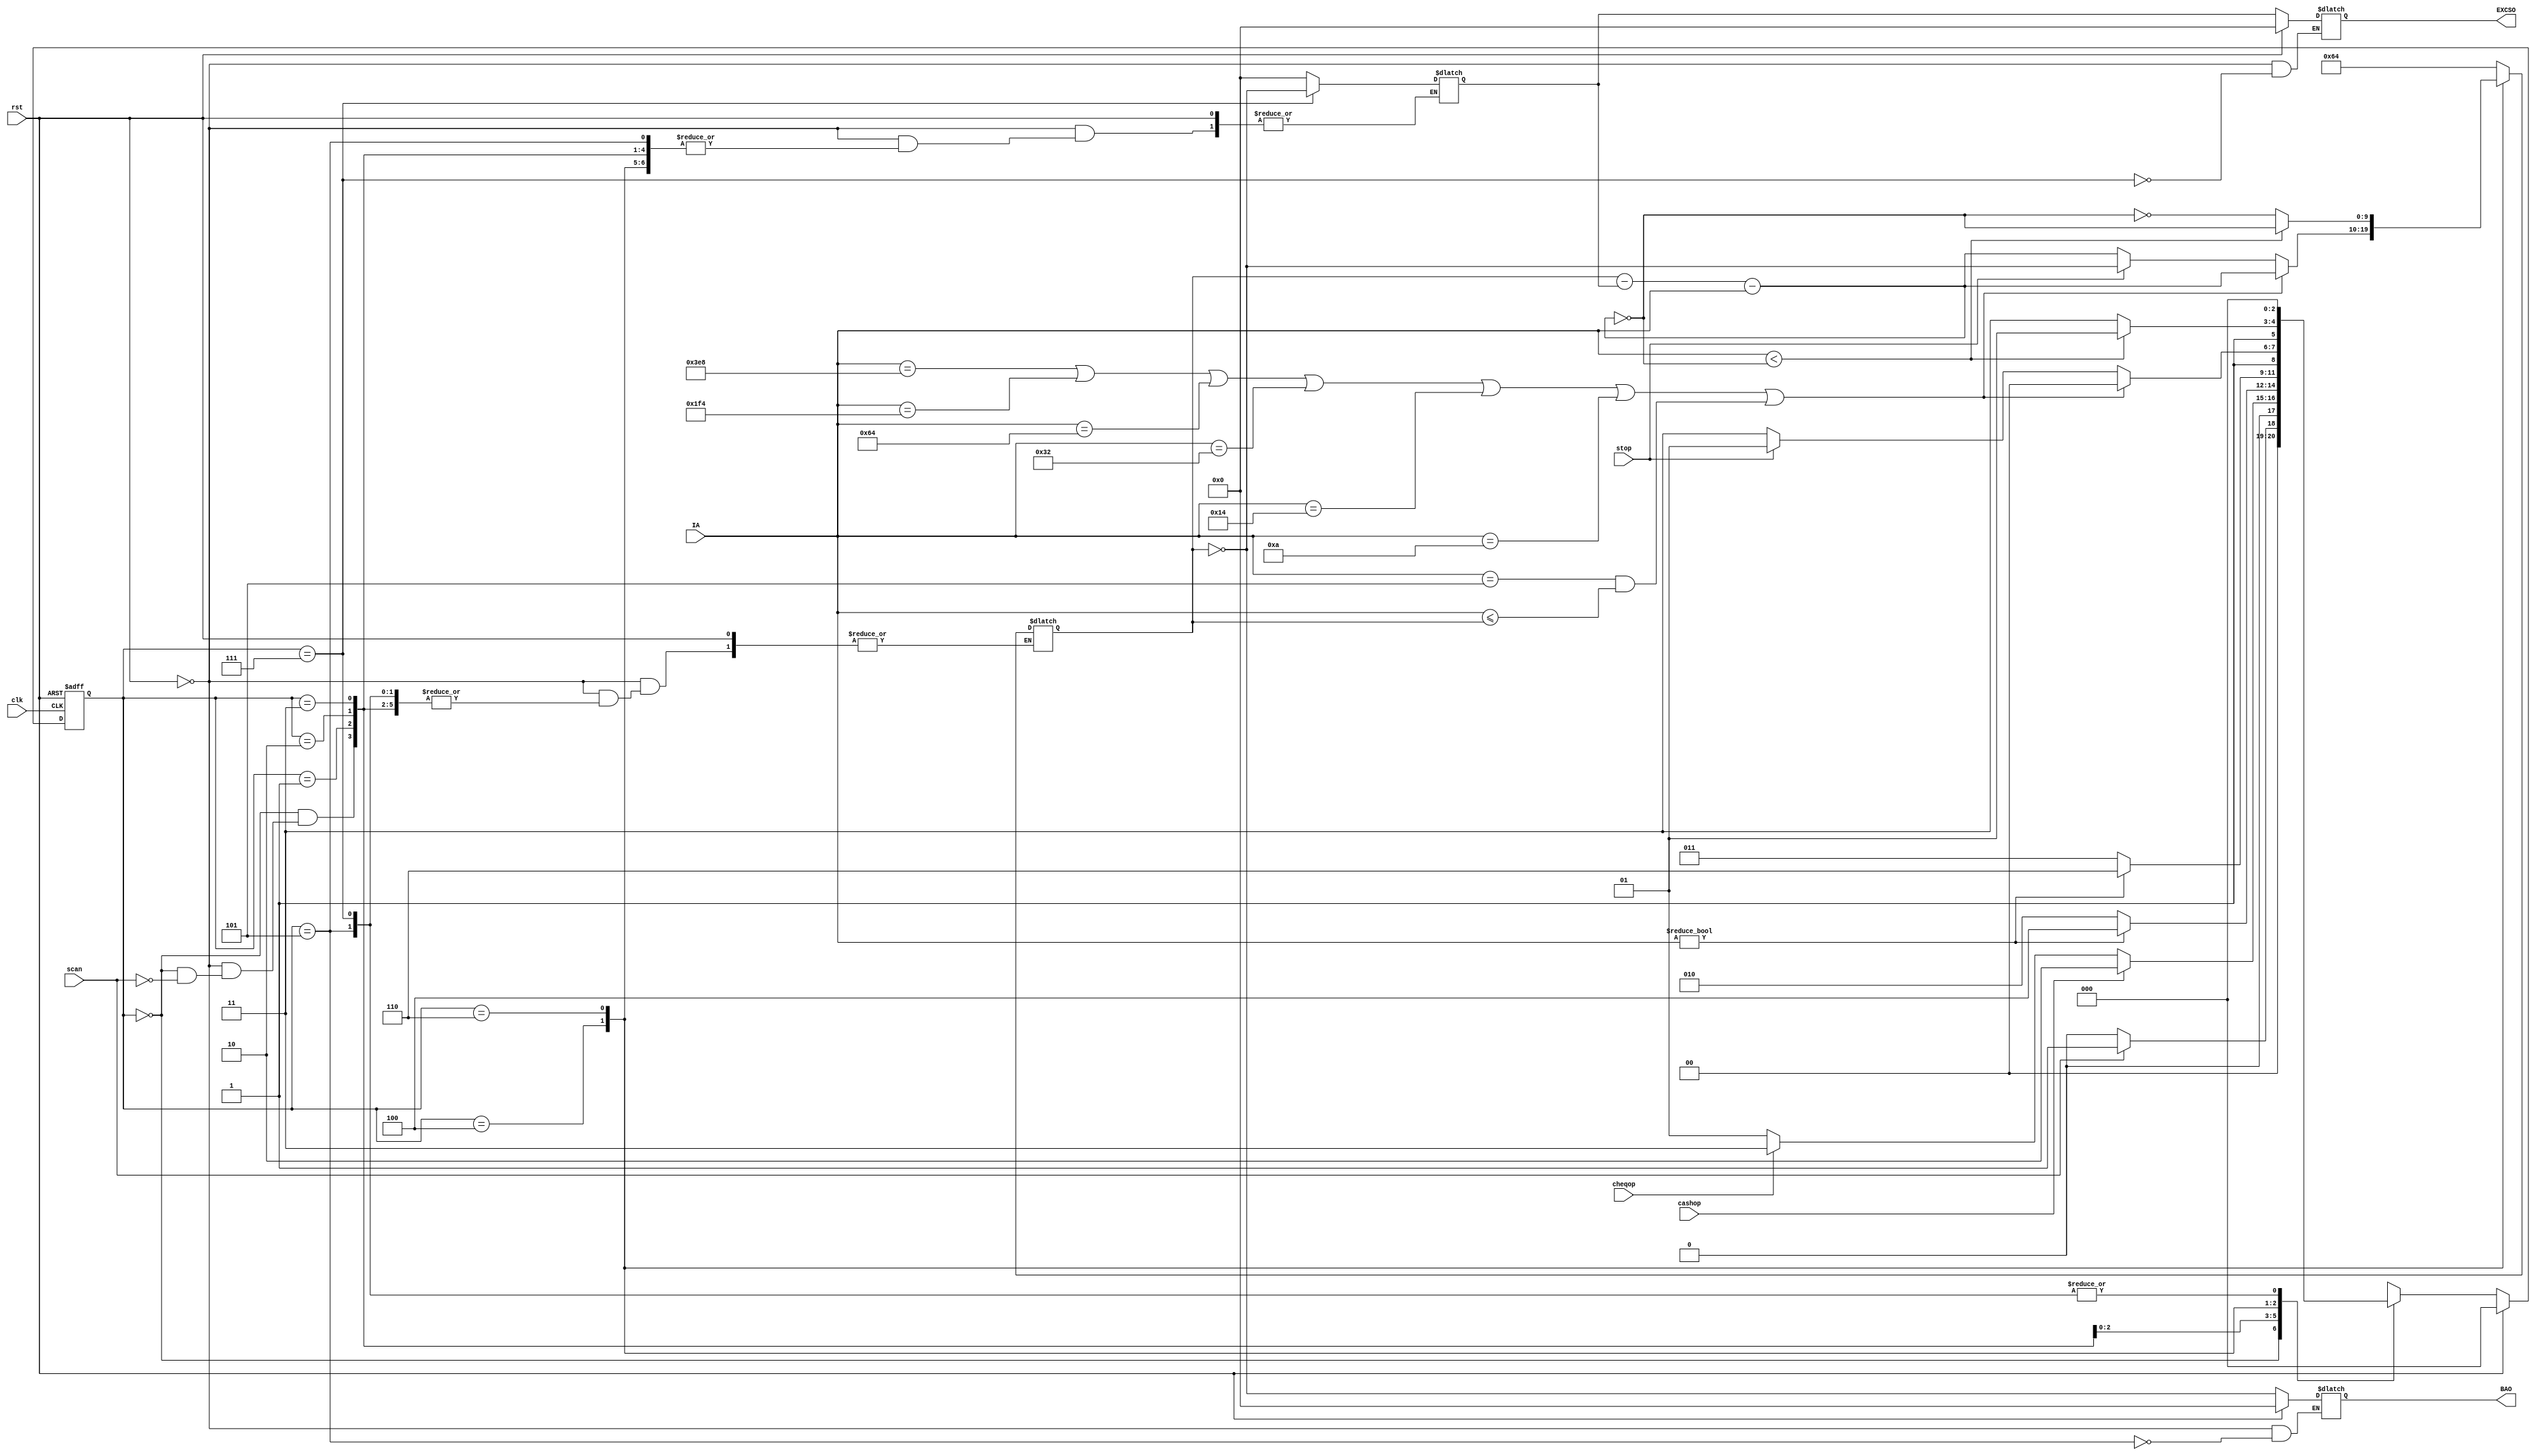
module atpmachroshbless(
input wire clk,rst,scan,cashop,cheqop,
input [9:0] IA,
input stop,
output reg [9:0] BAO
,output reg [9:0] EXCSO  
);

reg [9:0] BA;
reg  [9:0] EXCS;  
reg [2:0] cstate;
reg [2:0] nstate; 
parameter [2:0] START = 3'b000;
parameter [2:0] INFO_MODE = 3'b001;
parameter [2:0] CASH = 3'b010;
parameter [2:0] CHE_DD_PAYO = 3'b011;
parameter [2:0] WAITING_CASH = 3'b100;
parameter [2:0] INSUFF = 3'b101;
parameter [2:0] WAITING_CHE_DD_PAYO = 3'b110;
parameter [2:0] COMPLETED = 3'b111;

 
always @ (posedge clk or posedge rst) begin
if (rst) begin
cstate <= START;
end else begin
cstate <= nstate;
end
end
always @ (*) begin
if (rst) begin
BAO = 0;
EXCSO = 0;
nstate <= START;
end else begin
case (cstate)
START: begin

$display(" Welcome to Any Time Electric Bill Payment System");
$display("Please Show your bill at the scanner");
if (scan) begin
BA=10'd100;
EXCS=10'd0;
nstate <= INFO_MODE;
end else begin
nstate <= START;
end
end

INFO_MODE: begin
$display(" USER NAME:------------");
$display(" BILL AMOUNT:%d",BA);
$display(" EXCESS AMOUNT LEFT:%d",EXCS);
$display(" BILL NO:------------");
$display(" SELECT YOUR MODE OF PAYMENT:------------");
 if (cashop) begin
nstate <= CASH;
 end else if (cheqop) begin
nstate <= CHE_DD_PAYO;
end else begin
nstate <= INFO_MODE;
end
end

CASH: begin
$display(" INSERT YOUR CASH AT CASH ACCEPTOR ");
$display("----------------------PLEASE NOTE-------------------------");
 $display(" #Denominations of Rupees 1000, 500, 100, 50, 20, 10, 5 are accepted.(Only Notes are accepted)");
$display(" #Insert a single note at a time.");
$display(" #Please do not use soiled, torn, wet, oiled notes and coins.");
$display(" #Excess amount Paid will be adjusted in the subsequent cycles.");
 $display(" #Any short payment will lead to disconnection of your electricity line without any information");
 $display(" CURRENT BILL AMOUNT:%d",BA);
if (IA) begin
nstate <= WAITING_CASH;
end 
else begin
nstate <= CASH;
end
end

CHE_DD_PAYO: begin
$display(" INSERT YOUR CHEQUE/DD/PAY ORDER AT THE ACCEPTOR ");
$display("----------------------------PLEASE NOTE-----------------------------");
$display(" #Excess amount Paid will be adjusted in the subsequent cycles.");
$display(" #Any short payment will lead to disconnection of your electricity line without any information");
$display(" CURRENT BILL AMOUNT:%d",BA);
if(IA) begin
nstate <= WAITING_CHE_DD_PAYO;
end
else begin
nstate <=CHE_DD_PAYO;
end
end


WAITING_CASH: begin
$display(" #Input another note.");
$display(" CURRENT BILL AMOUNT:%d",BA);
if ((IA == 10'd1000) || (IA == 10'd500) || (IA == 10'd100) || (IA == 10'd50) || (IA == 10'd20) || (IA == 10'd10) || (IA == 10'd5)&& IA <= BA) begin
BA = BA - EXCS - IA ;
nstate <=WAITING_CASH;
end
else if (stop) begin
BA= ~BA;
nstate <= INSUFF;
end
 else
 begin
 BA = BA- EXCS - IA ;
nstate <= COMPLETED;
end
end

INSUFF: begin
BAO <= ~BA;
$display(" Remaining bill amount = %d", BAO);
  $display(" #If not paid to the sufficient bill amount within 10 days from today, your connection will be disconnected without any information.");
nstate <= START;
end

WAITING_CHE_DD_PAYO: begin
$display(" #Enter account_number , date , amount as on the payment instrument inserted.");
BA = BA- EXCS - IA ;
BA= ~BA;
if (IA < BA) begin
nstate <= INSUFF;
end else begin
BA= ~BA;
nstate <= COMPLETED;
end
end

COMPLETED: begin
EXCS <= ~BA;
EXCSO <= EXCS;
$display("Excess amount: %d", EXCSO);
$display(" CURRENT BILL AMOUNT:0");
$display(" #Please collect your receipt");
$display(" THANK YOU ");
nstate <= START;
end
endcase
end 
end
endmodule